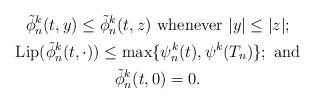
LaTeX: \begin{gather*} \tilde{\phi}_n^k (t,y) \leq \tilde{\phi}_n^k(t, z)\ \textrm{whenever}\ |y| \leq |z|;\\\mathrm{Lip}(\tilde{\phi}_n^k(t,\cdot)) \leq \max\{\psi_n^k (t), \psi^k (T_n)\};\ \textrm{and}\\\tilde{\phi}_n^k (t, 0) = 0.\end{gather*}